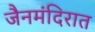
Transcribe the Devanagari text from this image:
जैनमंदिरात